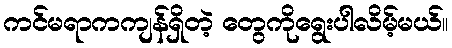
ကင်မရာကကျန်ရှိတဲ့ တွေကိုရွေးပါလိမ့်မယ်။